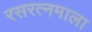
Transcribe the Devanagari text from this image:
रसरत्नमाला